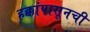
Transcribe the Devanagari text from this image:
हक्कांपासूनची